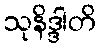
သုနိဒ္ဒါတိ